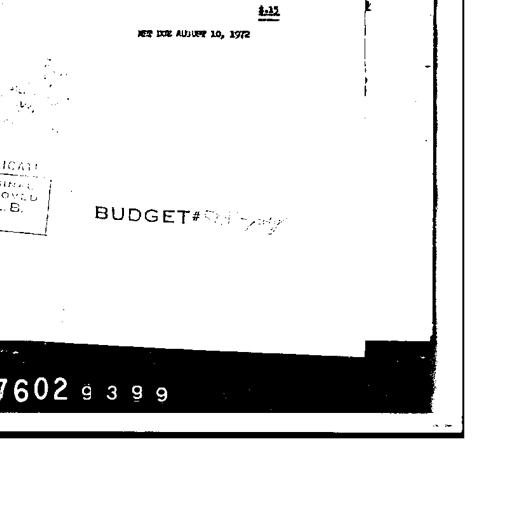
$.15
NET DUE AUGUST 10, 1972
BUDGET # 9-14-72
7602 9 3 9 9